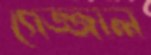
গেজ্জাল